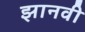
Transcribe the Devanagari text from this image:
झानवी